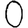
Digit: 0